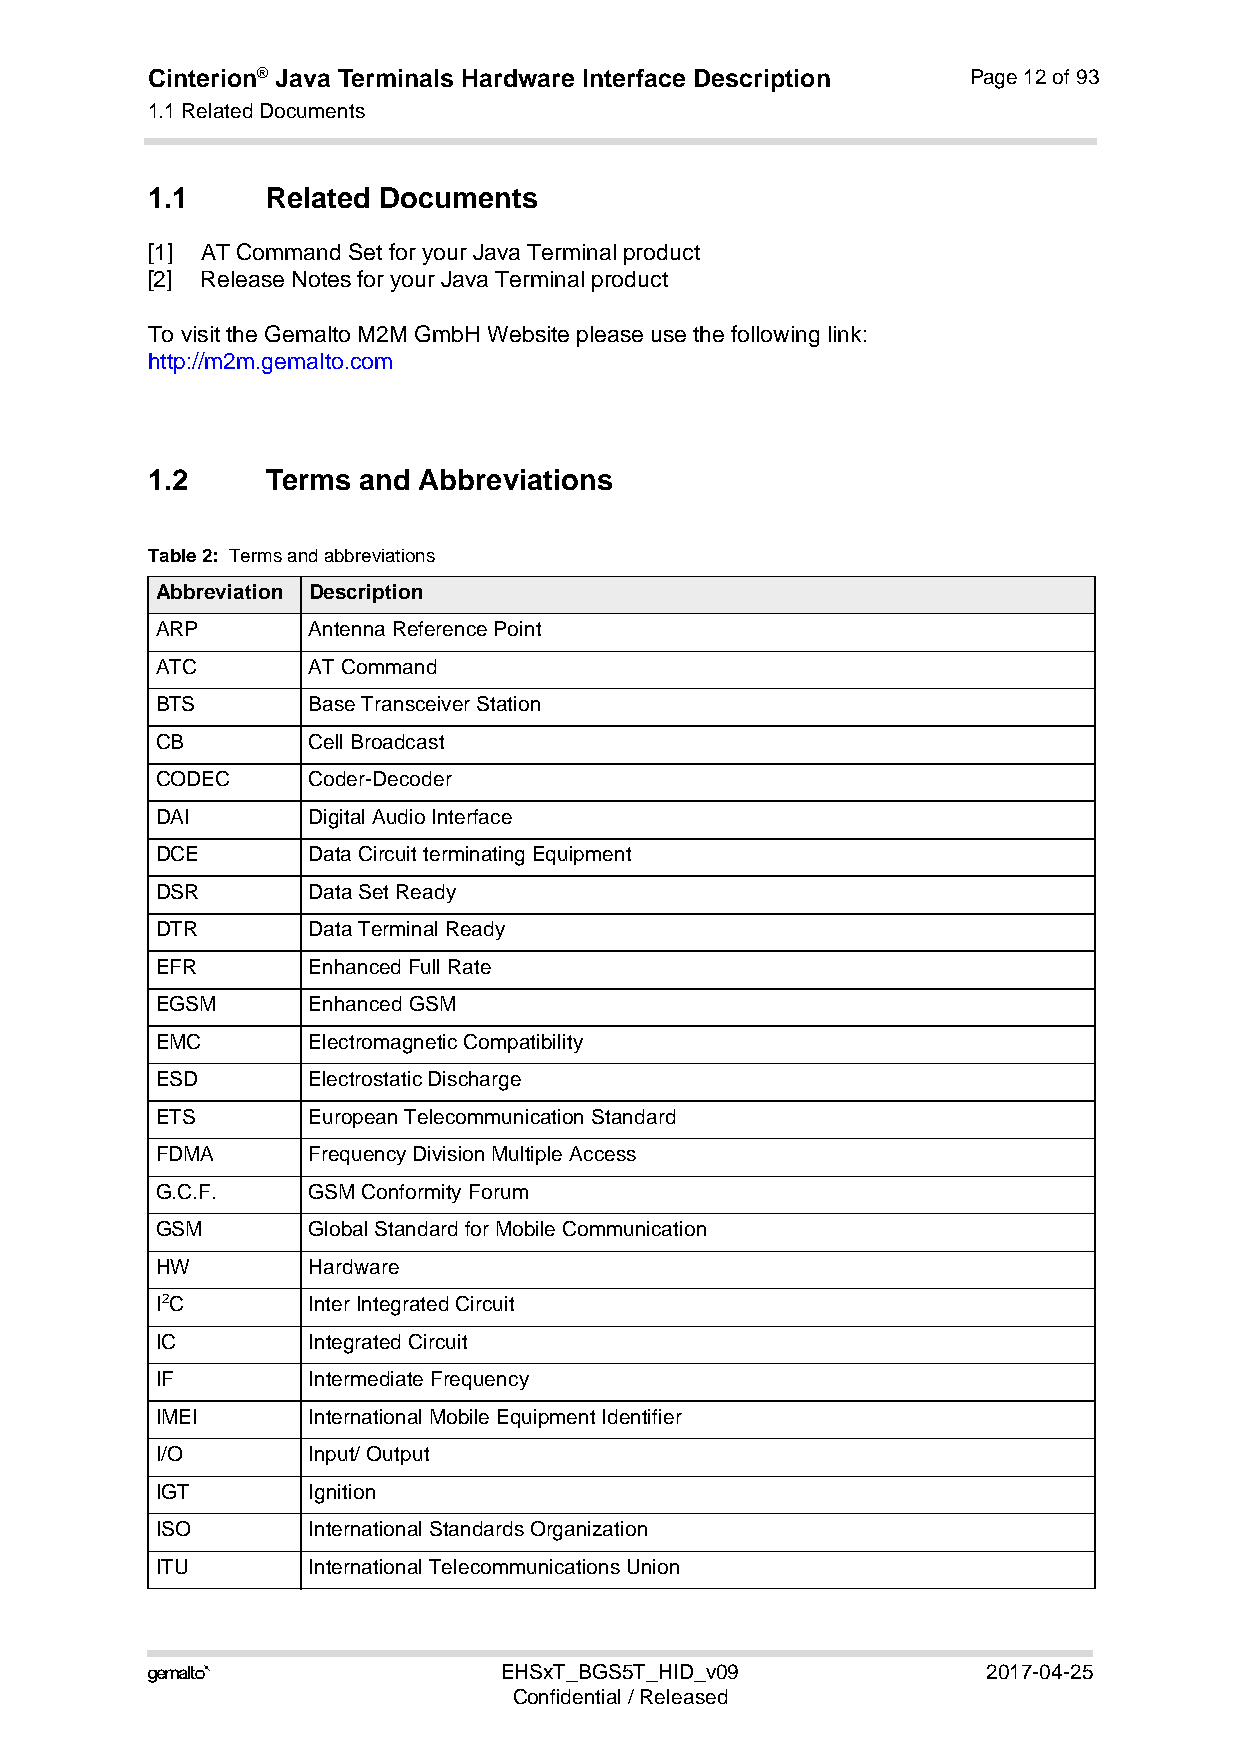
Cinterion® Java Terminals Hardware Interface Description Page 12 of 93
 1.1 Related Documents
 19
 1.1     Related Documents
 [1] AT Command Set for your Java Terminal product
 [2] Release Notes for your Java Terminal product
 To visit the Gemalto M2M GmbH Website please use the following link:
 http://m2m.gemalto.com
 1.2     Terms and Abbreviations
 Table 2: Terms and abbreviations
 Abbreviation Description
 ARP       Antenna Reference Point
 ATC       AT Command
 BTS       Base Transceiver Station
 CB        Cell Broadcast
 CODEC     Coder-Decoder
 DAI       Digital Audio Interface
 DCE       Data Circuit terminating Equipment
 DSR       Data Set Ready
 DTR       Data Terminal Ready
 EFR       Enhanced Full Rate
 EGSM      Enhanced GSM
 EMC       Electromagnetic Compatibility
 ESD       Electrostatic Discharge
 ETS       European Telecommunication Standard
 FDMA      Frequency Division Multiple Access
 G.C.F.    GSM Conformity Forum
 GSM       Global Standard for Mobile Communication
 HW        Hardware
 I2C       Inter Integrated Circuit
 IC        Integrated Circuit
 IF        Intermediate Frequency
 IMEI      International Mobile Equipment Identifier
 I/O       Input/ Output
 IGT       Ignition
 ISO       International Standards Organization
 ITU       International Telecommunications Union
                       EHSxT_BGS5T_HID_v09             2017-04-25
 Confidential / Released